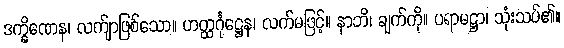
ဒက္ခိဏေန၊ လက်ျာဖြစ်သော။ ဟတ္ထင်္ဂုဋ္ဌေန၊ လက်မဖြင့်။ နာဘိ၊ ချက်ကို။ ပရာမဋ္ဌာ၊ သုံးသပ်၏။